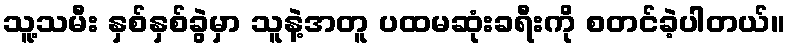
သူ့သမီး နှစ်နှစ်ခွဲမှာ သူနဲ့အတူ ပထမဆုံးခရီးကို စတင်ခဲ့ပါတယ်။